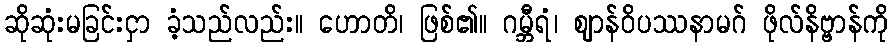
ဆိုဆုံးမခြင်းငှာ ခံ့သည်လည်း။ ဟောတိ၊ ဖြစ်၏။ ဂမ္ဘီရံ၊ ဈာန်ဝိပဿနာမဂ် ဖိုလ်နိဗ္ဗာန်ကို